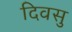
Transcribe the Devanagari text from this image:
दिवसु